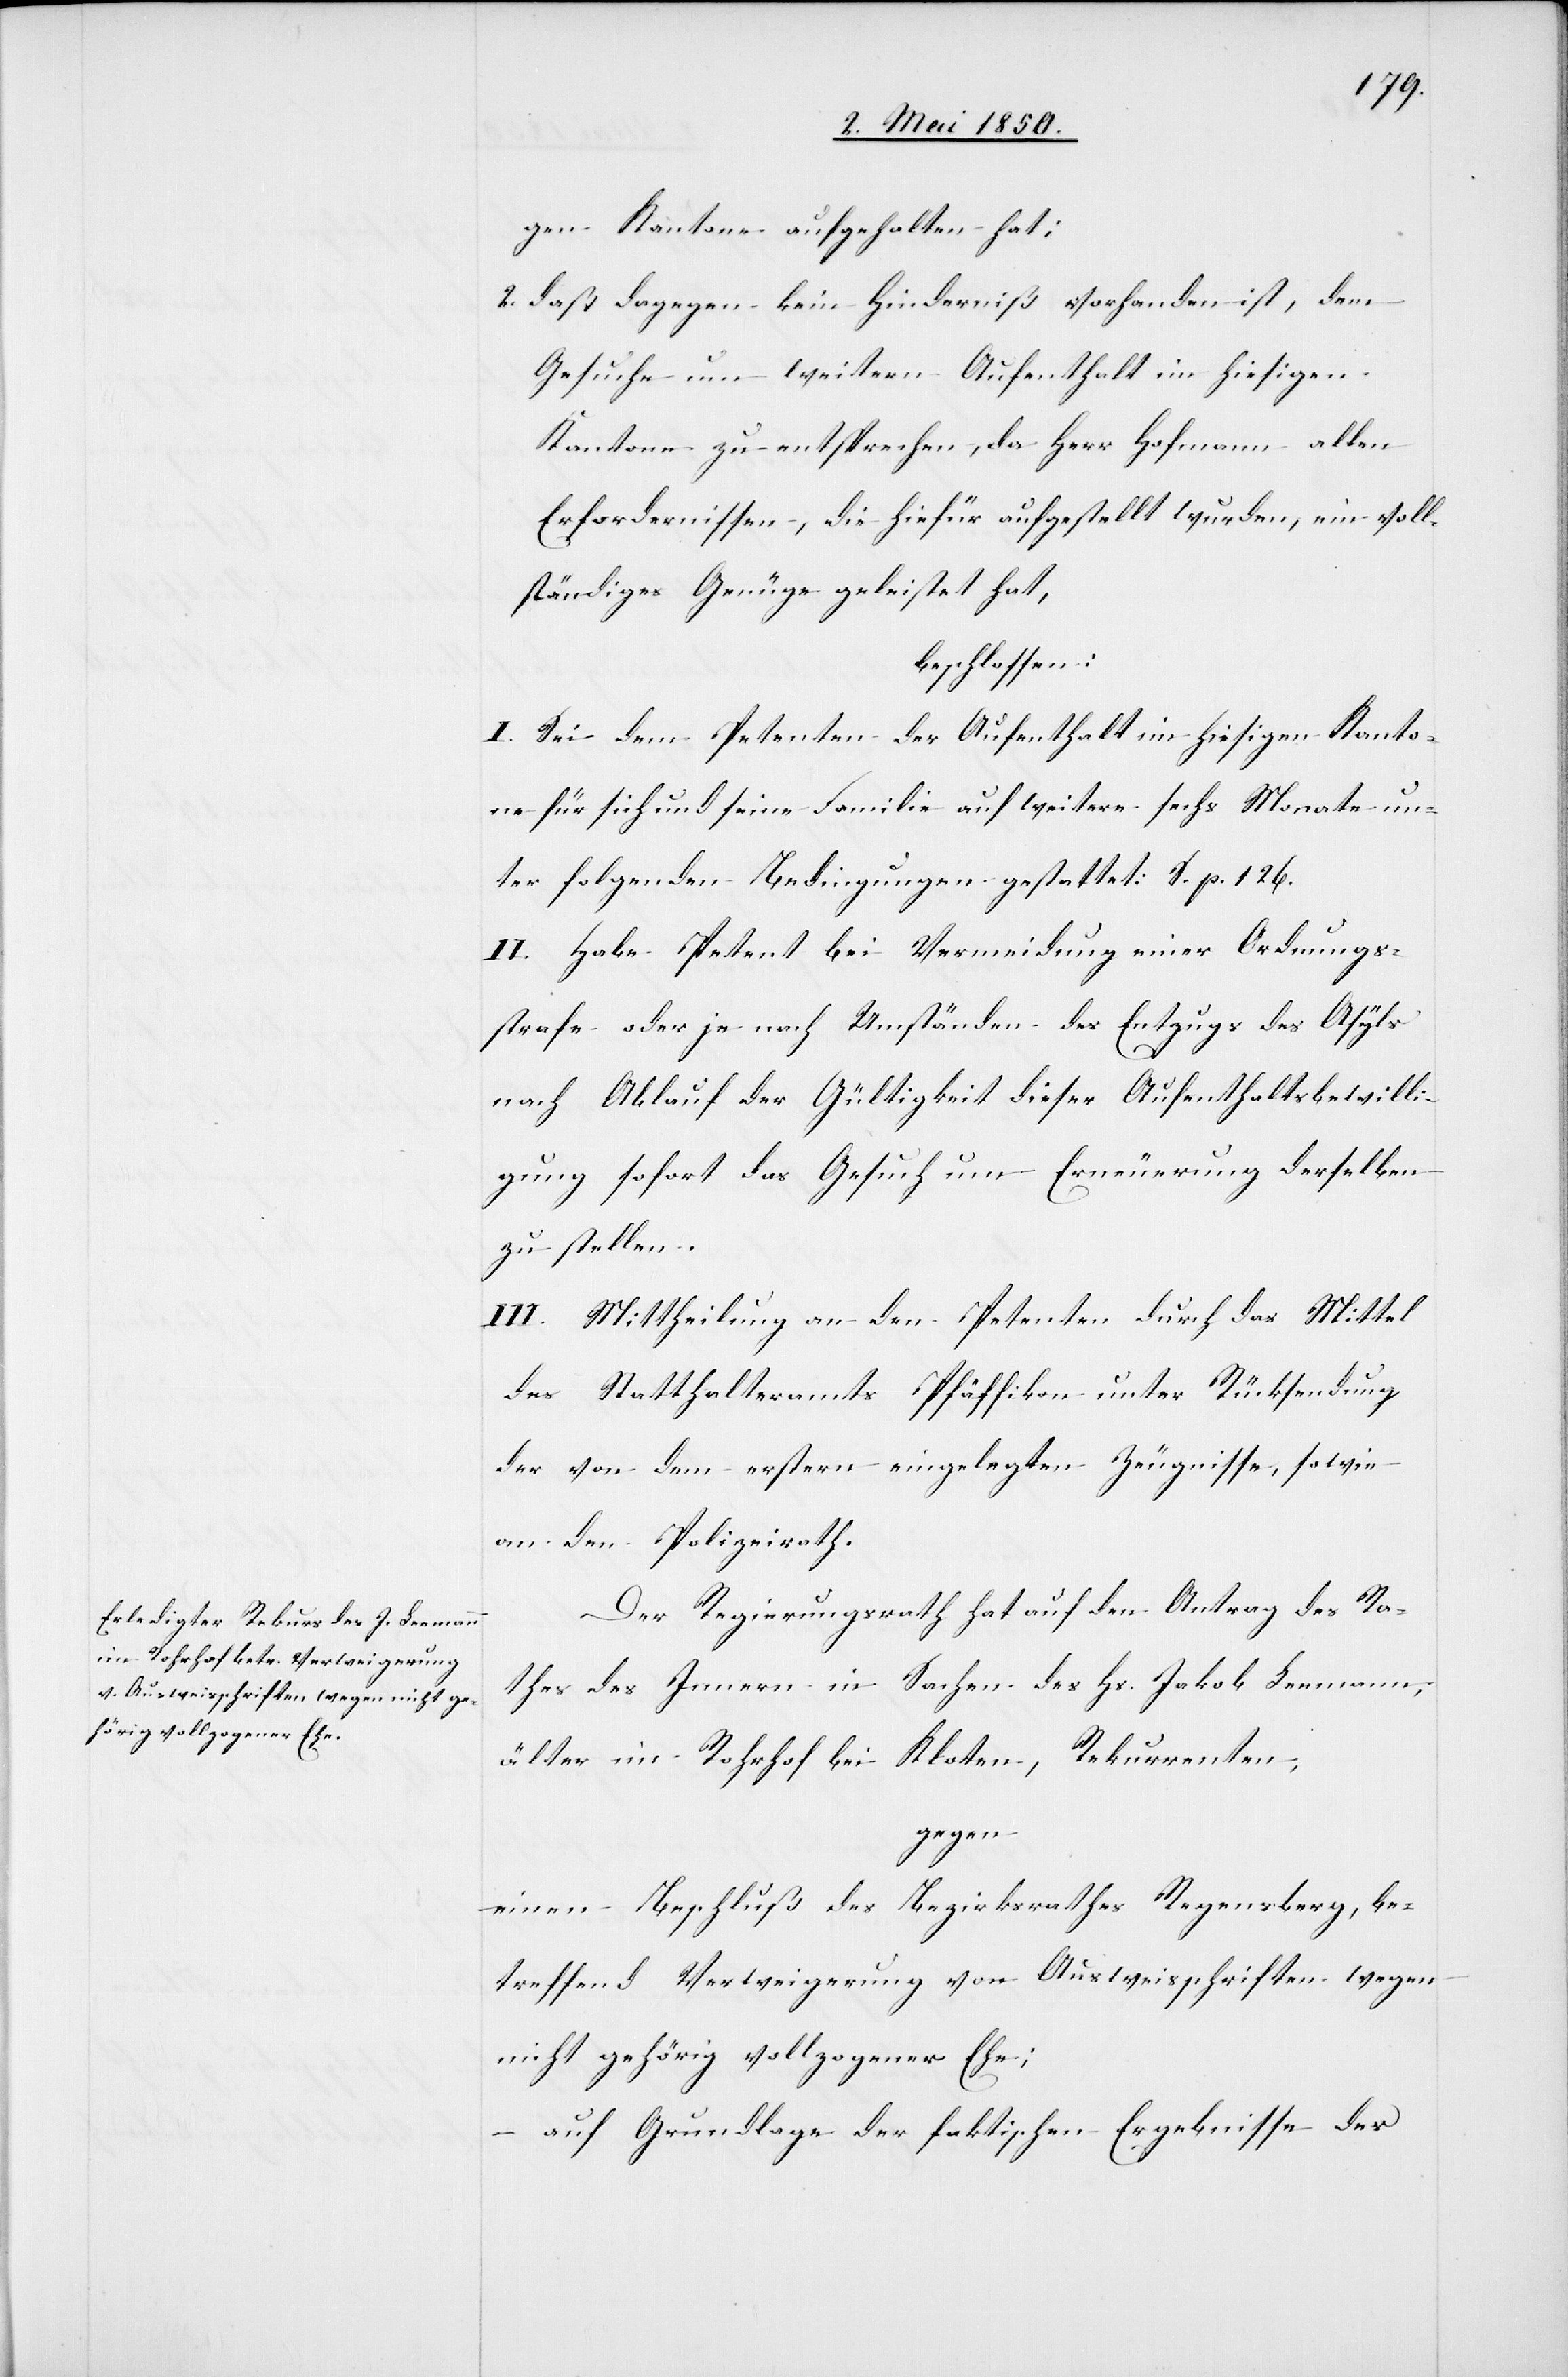
gen Kantone aufgehalten hat;
2. daß dagegen kein Hinderniß vorhanden ist, dem
Gesuche um weitern Aufenthalt im hiesigen
Kantone zu entsprechen, da Herr Hofmann allen
Erfordernissen, die hiefür aufgestellt wurden, ein voll¬
ständiges Genüge geleistet hat,
beschlossen:
I. Sei dem Petenten der Aufenthalt im hiesigen Kanto¬
ne für sich und seine Familie auf weitere sechs Monate un¬
ter folgenden Bedingungen gestattet: S. p. 126.
II. Habe Petent bei Vermeidung einer Ordnungs¬
strafe oder je nach Umständen des Entzugs des Asyls
nach Ablauf der Gültigkeit dieser Aufenthaltsbewilli¬
gung sofort das Gesuch um Erneuerung derselben
zu stellen.
III. Mittheilung an den Petenten durch das Mittel
des Statthalteramts Pfäffikon unter Rücksendung
der von dem erstern eingelegten Zeugnisse, sowie
an den Polizeirath.
Der Regierungsrath hat auf den Antrag des Ra¬
thes des Innern in Sachen des Hs. Jakob Leemann,
älter im Rohrhof bei Kloten, Rekurrenten,
gegen
einen Beschluß des Bezirksrathes Regensberg, be¬
treffend Verweigerung von Ausweisschriften wegen
nicht gehörig vollzogener Ehe;
auf Grundlage der faktischen Ergebnisse des